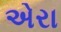
એરા